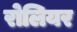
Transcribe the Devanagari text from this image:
रोलियर